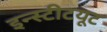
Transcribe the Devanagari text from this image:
इन्‍स्‍टीटयूट